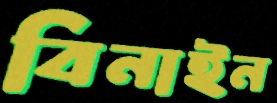
বিনাইন